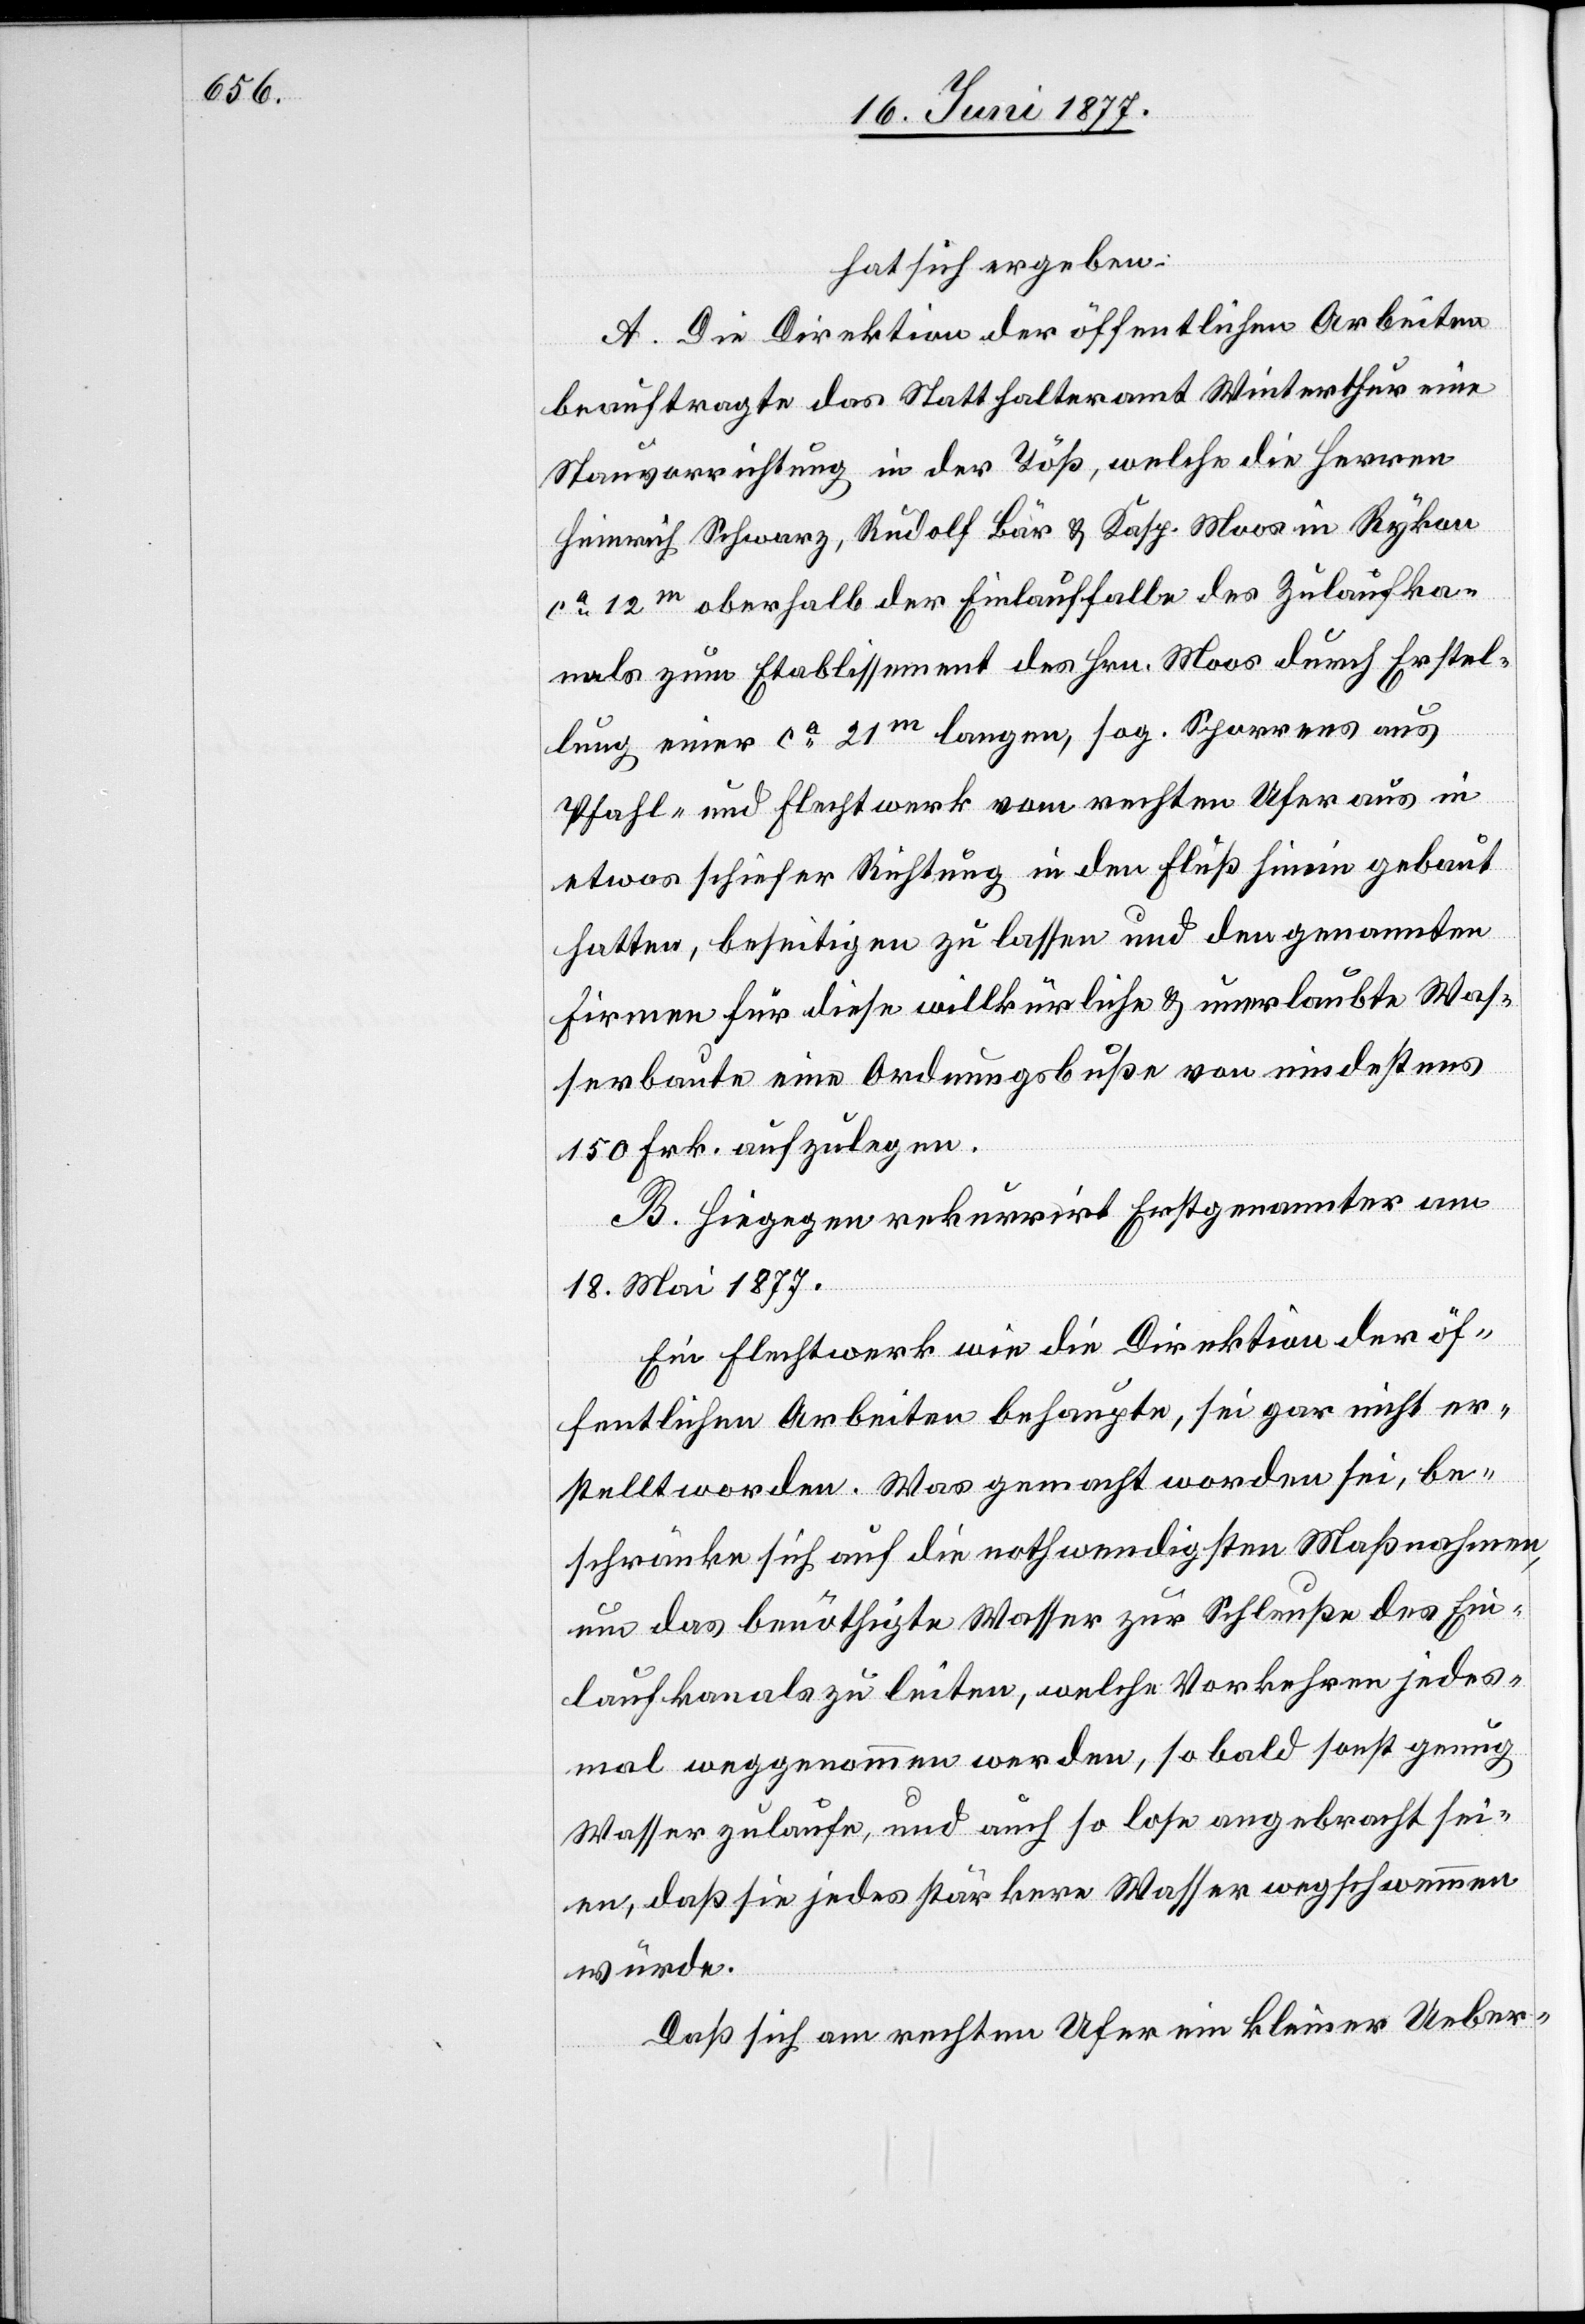
hat sich ergeben:
A. Die Direktion der öffentlichen Arbeiten
beauftragte das Statthalteramt Winterthur eine
Stauvorrichtung in der Töß, welche die Herren
Heinrich Schwarz, Rudolf Bär & Kasp. Moos in Rykon
ca 12m oberhalb der Einlauffalle des Zulaufka¬
nals zum Etablissement des Hrn. Moos durch Erstel¬
lung einer ca 21m langen, sog. Sporrens aus
Pfahl- und Flechtwerk vom rechten Ufer aus in
etwas schiefer Richtung in den Fluß hinein gebaut
hatten, beseitigen zu lassen und den genannten
Firmen für diese willkürliche & unerlaubte Was¬
serbaute eine Ordnungsbuße von mindestens
150 Frk. aufzulegen.
B. Hiegegen rekurrirt Erstgenannter am
18. Mai 1877.
Ein Flechtwerk wie die Direktion der öf¬
fentlichen Arbeiten behaupte, sei gar nicht er¬
stellt worden. Was gemacht worden sei, be¬
schränke sich auf die nothwendigste Maßnahme,
um das benöthigte Wasser zur Schleuße des Ein¬
laufkanals zu leiten, welche Vorkehren jedes¬
mal weggenommen werden, so bald sonst genug
Wasser zulaufe, und auch so lose angebracht sei¬
en, daß sie jedes stärkere Wasser wegschwemmen
würde.
Daß sich am rechten Ufer ein kleiner Ueber-